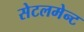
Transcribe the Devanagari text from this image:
सेटलमेन्ट